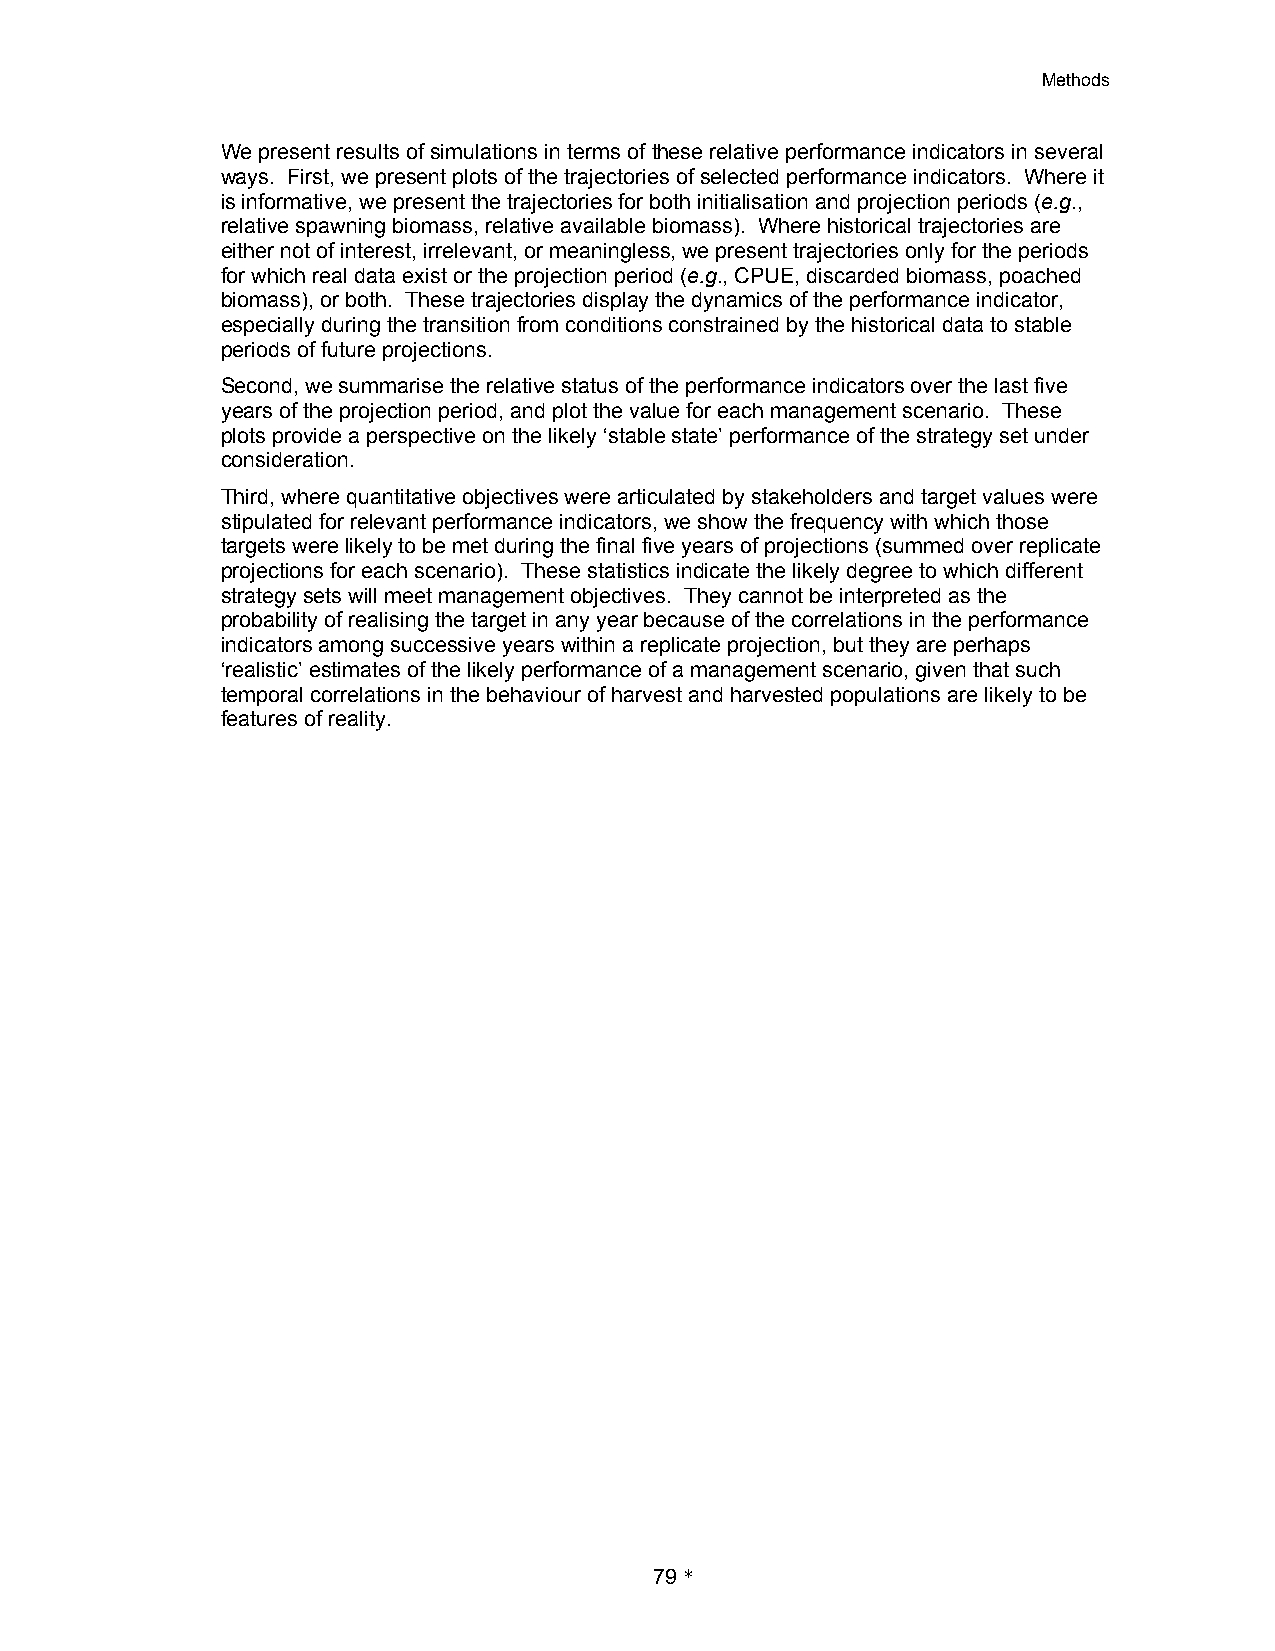
Methods
 We present results of simulations in terms of these relative performance indicators in several
 ways. First, we present plots of the trajectories of selected performance indicators. Where it
 is informative, we present the trajectories for both initialisation and projection periods (e.g.,
 relative spawning biomass, relative available biomass). Where historical trajectories are
 either not of interest, irrelevant, or meaningless, we present trajectories only for the periods
 for which real data exist or the projection period (e.g., CPUE, discarded biomass, poached
 biomass), or both. These trajectories display the dynamics of the performance indicator,
 especially during the transition from conditions constrained by the historical data to stable
 periods of future projections.
 Second, we summarise the relative status of the performance indicators over the last five
 years of the projection period, and plot the value for each management scenario. These
 plots provide a perspective on the likely ‘stable state’ performance of the strategy set under
 consideration.
 Third, where quantitative objectives were articulated by stakeholders and target values were
 stipulated for relevant performance indicators, we show the frequency with which those
 targets were likely to be met during the final five years of projections (summed over replicate
 projections for each scenario). These statistics indicate the likely degree to which different
 strategy sets will meet management objectives. They cannot be interpreted as the
 probability of realising the target in any year because of the correlations in the performance
 indicators among successive years within a replicate projection, but they are perhaps
 ‘realistic’ estimates of the likely performance of a management scenario, given that such
 temporal correlations in the behaviour of harvest and harvested populations are likely to be
 features of reality.
 79 *